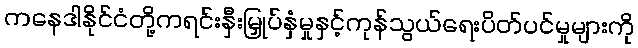
ကနေဒါနိုင်ငံတို့ကရင်းနှီးမြှုပ်နှံမှုနှင့်ကုန်သွယ်ရေးပိတ်ပင်မှုများကို